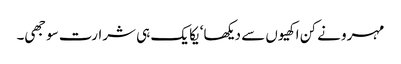
مہرو نے کن اکھیوں سے دیکھا‘ یکا یک ہی شرارت سوجھی۔